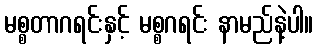
မစ္စတာဂရင်းနှင့် မစ္စဂရင်း နာမည်နဲ့ပါ။